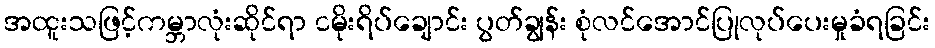
အထူးသဖြင့်ကမ္ဘာလုံးဆိုင်ရာ ငမိုးရိပ်ချောင်း ပွတ်ချွန်း စုံလင်အောင်ပြုလုပ်ပေးမှုခံရခြင်း